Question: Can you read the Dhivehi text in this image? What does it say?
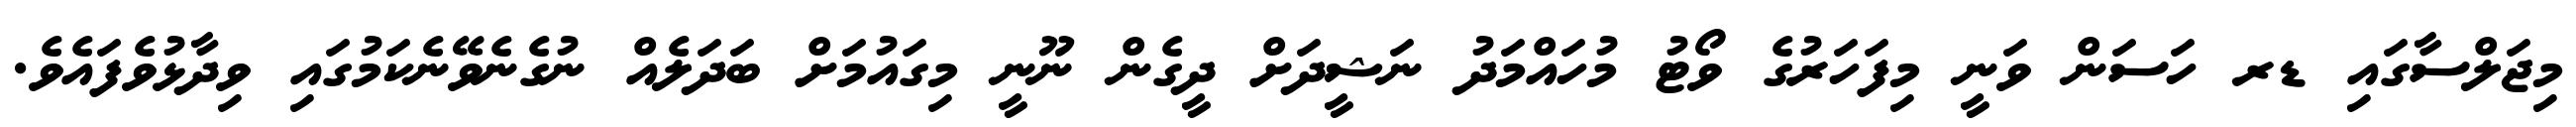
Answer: މިޖަލްސާގައި ޑރ ހަސަން ވަނީ މިފަހަރުގެ ވޯޓު މުހައްމަދު ނަޝީދަށް ދީގެން ނޫނީ މިގައުމަށް ބަދަލެއް ނުގެނެވޭނެކަމުގައި ވިދާޅުވެފައެވެ.